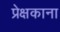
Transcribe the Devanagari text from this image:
प्रेक्षकाना